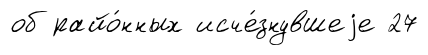
об райо́нных исче́знувшеjе 27